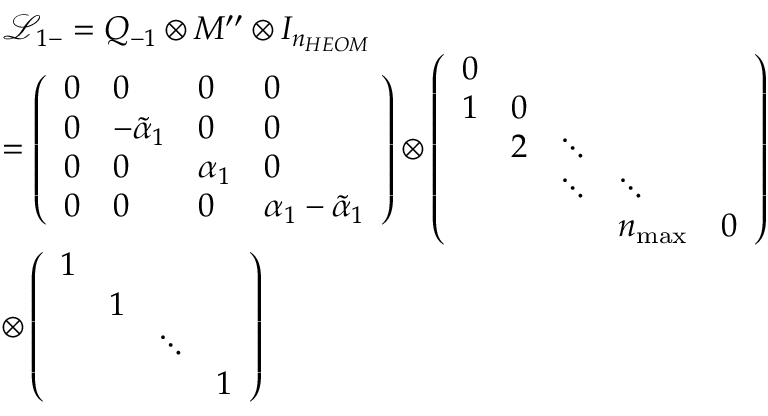
\begin{array} { r l } & { { \mathcal { L } _ { 1 - } } = { { Q } _ { - 1 } } \otimes M ^ { \prime \prime } \otimes { { I } _ { { { n } _ { H E O M } } } } } \\ & { = \left( \begin{array} { l l l l } { 0 } & { 0 } & { 0 } & { 0 } \\ { 0 } & { { { { - \tilde { \alpha } } } _ { 1 } } } & { 0 } & { 0 } \\ { 0 } & { 0 } & { { { \alpha } _ { 1 } } } & { 0 } \\ { 0 } & { 0 } & { 0 } & { { { \alpha } _ { 1 } } - { { { \tilde { \alpha } } } _ { 1 } } } \end{array} \right) \otimes \left( \begin{array} { l l l l l } { 0 } & { } & { } & { } & { } \\ { 1 } & { 0 } & { } & { } & { } \\ { } & { { 2 } } & { \ddots } & { } & { } \\ { } & { } & { \ddots } & { \ddots } & { } \\ { } & { } & { } & { { { n } _ { \operatorname* { m a x } } } } & { 0 } \end{array} \right) } \\ & { \otimes \left( \begin{array} { l l l l } { 1 } & { } & { } & { } \\ { } & { 1 } & { } & { } \\ { } & { } & { \ddots } & { } \\ { } & { } & { } & { 1 } \end{array} \right) } \end{array}